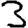
Digit: 3